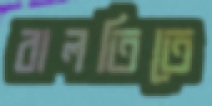
বালতিতে